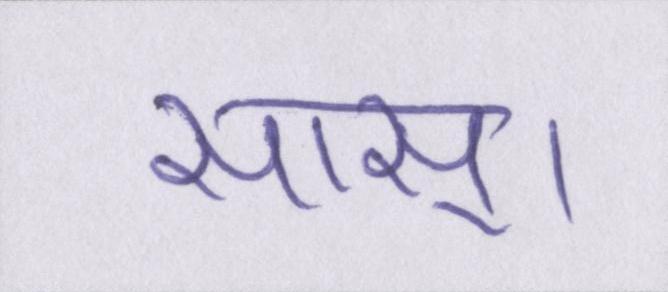
सास्।